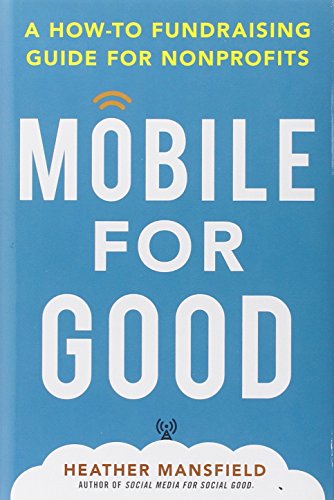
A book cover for Mobile for Good: A How-To Fundraising Guide for Nonprofits; Heather Mansfield; Computers & Technology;